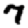
Digit: 7